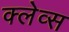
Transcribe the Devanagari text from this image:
क्लेव्स